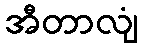
အီတာလျံ